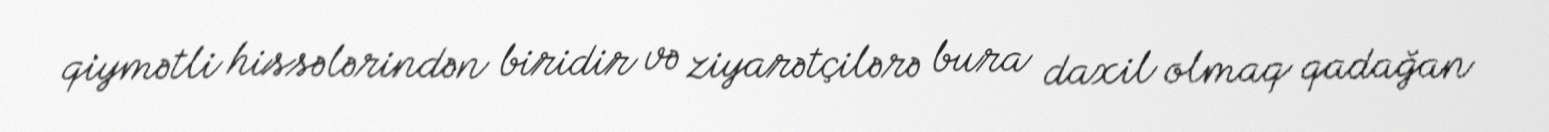
qiymətli hissələrindən biridir və ziyarətçilərə bura daxil olmaq qadağan